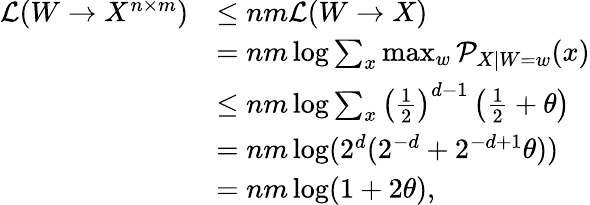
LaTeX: \begin{array}{rl}{\mathcal{L}(W\to X^{n\times m})}&{\leq nm\mathcal{L}(W\to X)}\\ &{=nm\log\sum_{x}\operatorname*{max}_{w}\mathcal{P}_{X|W=w}(x)}\\ &{\leq nm\log\sum_{x}\left(\frac{1}{2}\right)^{d-1}\left(\frac{1}{2}+\theta\right)}\\ &{=nm\log(2^{d}(2^{-d}+2^{-d+1}\theta))}\\ &{=nm\log(1+2\theta),}\end{array}